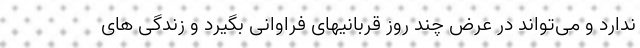
ندارد و می‌تواند در عرض چند روز قربانیهای فراوانی بگیرد و زندگی های